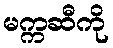
မက္ကဆီကို